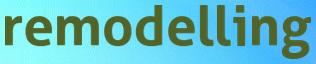
remodelling